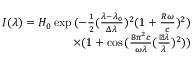
\begin{array} { r } { I ( \lambda ) = H _ { 0 } \exp { ( - \frac { 1 } { 2 } ( \frac { \lambda - \lambda _ { 0 } } { \Delta \lambda } ) ^ { 2 } ( 1 + \frac { R \omega } { c } ) ^ { 2 } ) } } \\ { \times ( 1 + \cos { ( \frac { 8 \pi ^ { 2 } c } { \omega \lambda } ( \frac { \triangledown \lambda } { \lambda } ) ^ { 2 } ) } ) } \end{array}